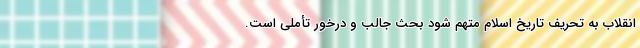
انقلاب به تحریف تاریخ اسلام متهم شود بحث جالب و درخور‌ تأملی است.